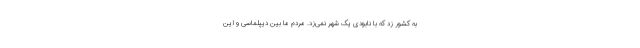
به کشور زد که با نابودی یک شهر نمی‌زد. مردم ما بین دیپلماسی و این